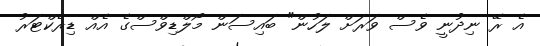
އެ ރޭ ނިދުނީ ވެސް ވަރަށް ލަހުން" ބައިސަން މޯލްޑިވްސްގެ އެއް ޑިރެކްޓަރު